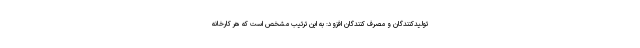
تولیدکنندگان و مصرف کنندگان افزود: به این ترتیب مشخص است که هر کارخانه